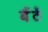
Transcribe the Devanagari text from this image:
बैंठें